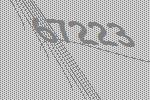
67223